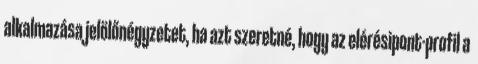
alkalmazása jelölőnégyzetet, ha azt szeretné, hogy az elérésipont-profil a